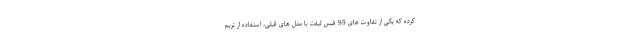
کرده که یکی از تفاوت های S5 فیس لیفت با مدل های قبلی، استفاده از تریم